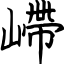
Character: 嵽